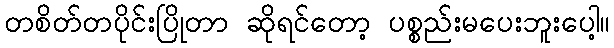
တစိတ်တပိုင်းပြိုတာ ဆိုရင်တော့ ပစ္စည်းမပေးဘူးပေါ့။